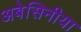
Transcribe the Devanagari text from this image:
अबेसिनीया